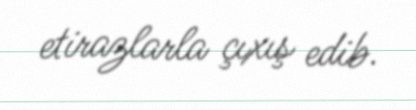
etirazlarla çıxış edib.